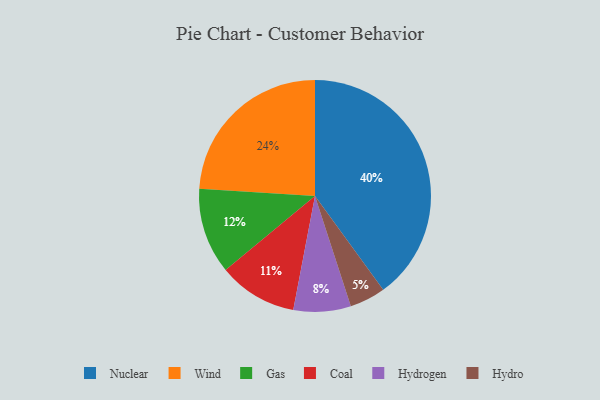
{"axis": {"x": "Category", "y": "Percentage"}, "legend": ["Coal", "Gas", "Hydro", "Hydrogen", "Nuclear", "Wind"], "data": [{"x": "Nuclear", "y": 40, "type": "Nuclear"}, {"x": "Wind", "y": 24, "type": "Wind"}, {"x": "Hydrogen", "y": 8, "type": "Hydrogen"}, {"x": "Gas", "y": 12, "type": "Gas"}, {"x": "Hydro", "y": 5, "type": "Hydro"}, {"x": "Coal", "y": 11, "type": "Coal"}]}